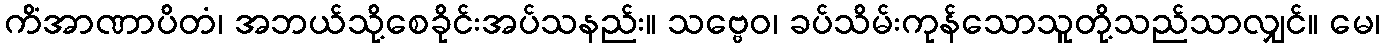
ကိံအာဏာပိတံ၊ အဘယ်သို့စေခိုင်းအပ်သနည်း။ သဗ္ဗေဝ၊ ခပ်သိမ်းကုန်သောသူတို့သည်သာလျှင်။ မေ၊